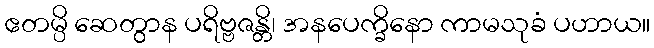
ဧတမ္ပိ ဆေတွာန ပရိဗ္ဗဇန္တိ၊ အနပေက္ခိနော ကာမသုခံ ပဟာယ။